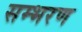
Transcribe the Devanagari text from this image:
सम्भरण